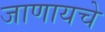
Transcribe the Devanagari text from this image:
जाणायचे